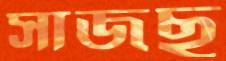
সাজছ